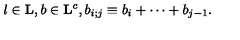
l \in { \bf L } , b \in { \bf L } ^ { c } , b _ { i ; j } \equiv b _ { i } + \cdots + b _ { j - 1 } .